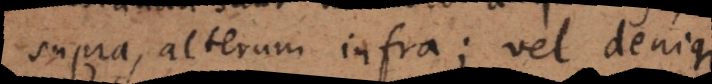
supra, alterum infra; vel denique